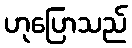
ဟုပြောသည်